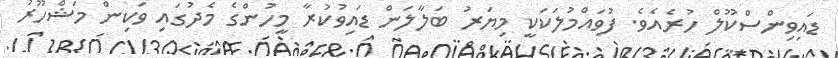
ޑައިވިންސްކޫލް ހުރެއެވެ. ފުވައްމުލަކަކީ މިޔަރު ބަލާލަން ޑައިވުކުރާ މީހުންގެ މެދުގައި ވަކިން މަޝްހޫރު